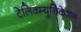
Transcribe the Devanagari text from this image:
टेलिक्म्युनिकेशन